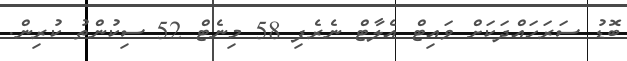
ބޮޑު ސަރަހައްދަކަށް ވައިޓް އެލާޓް ނެރެފި 58 މިނެޓް 52 ސިކުންތު ކުރިން.